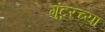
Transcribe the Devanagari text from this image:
गुंटूरच्या